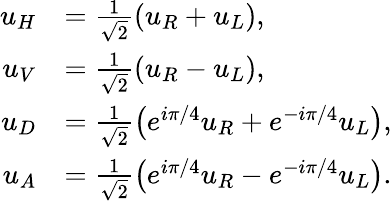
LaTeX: \begin{array}{rl}{u_{H}}&{=\frac{1}{\sqrt{2}}\left(u_{R}+u_{L}\right),}\\ {u_{V}}&{=\frac{1}{\sqrt{2}}\left(u_{R}-u_{L}\right),}\\ {u_{D}}&{=\frac{1}{\sqrt{2}}\left(e^{i\pi/4}u_{R}+e^{-i\pi/4}u_{L}\right),}\\ {u_{A}}&{=\frac{1}{\sqrt{2}}\left(e^{i\pi/4}u_{R}-e^{-i\pi/4}u_{L}\right).}\end{array}